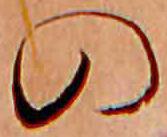
の